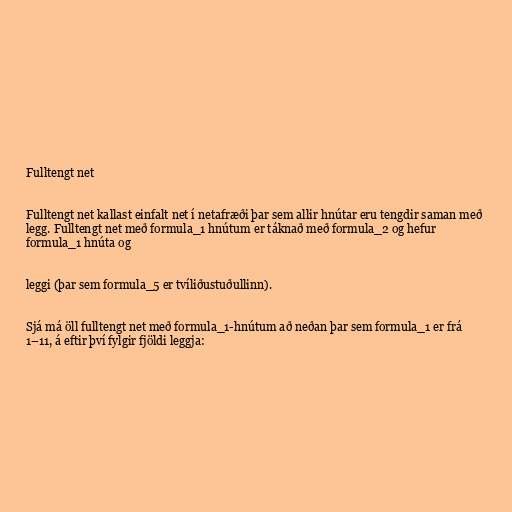
Fulltengt net

Fulltengt net kallast einfalt net í netafræði þar sem allir hnútar eru tengdir saman með
legg. Fulltengt net með formula_1 hnútum er táknað með formula_2 og hefur
formula_1 hnúta og

leggi (þar sem formula_5 er tvíliðustuðullinn).

Sjá má öll fulltengt net með formula_1-hnútum að neðan þar sem formula_1 er frá
1–11, á eftir því fylgir fjöldi leggja: